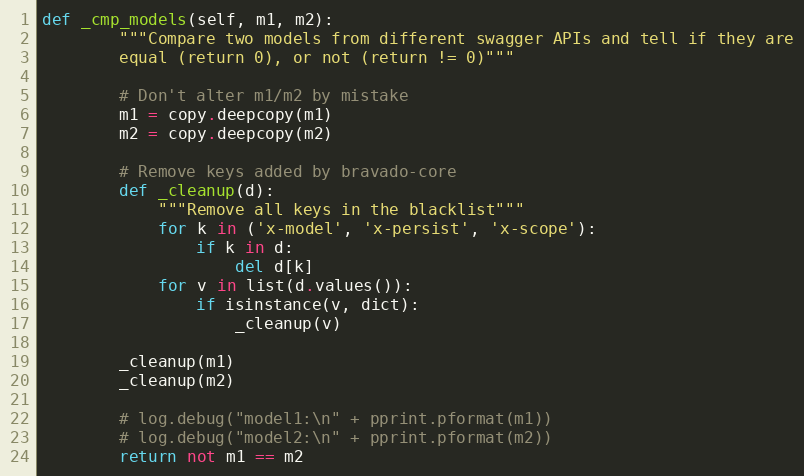
Language: Python
def _cmp_models(self, m1, m2):
        """Compare two models from different swagger APIs and tell if they are
        equal (return 0), or not (return != 0)"""

        # Don't alter m1/m2 by mistake
        m1 = copy.deepcopy(m1)
        m2 = copy.deepcopy(m2)

        # Remove keys added by bravado-core
        def _cleanup(d):
            """Remove all keys in the blacklist"""
            for k in ('x-model', 'x-persist', 'x-scope'):
                if k in d:
                    del d[k]
            for v in list(d.values()):
                if isinstance(v, dict):
                    _cleanup(v)

        _cleanup(m1)
        _cleanup(m2)

        # log.debug("model1:\n" + pprint.pformat(m1))
        # log.debug("model2:\n" + pprint.pformat(m2))
        return not m1 == m2